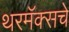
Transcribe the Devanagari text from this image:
थरमॅक्सचे